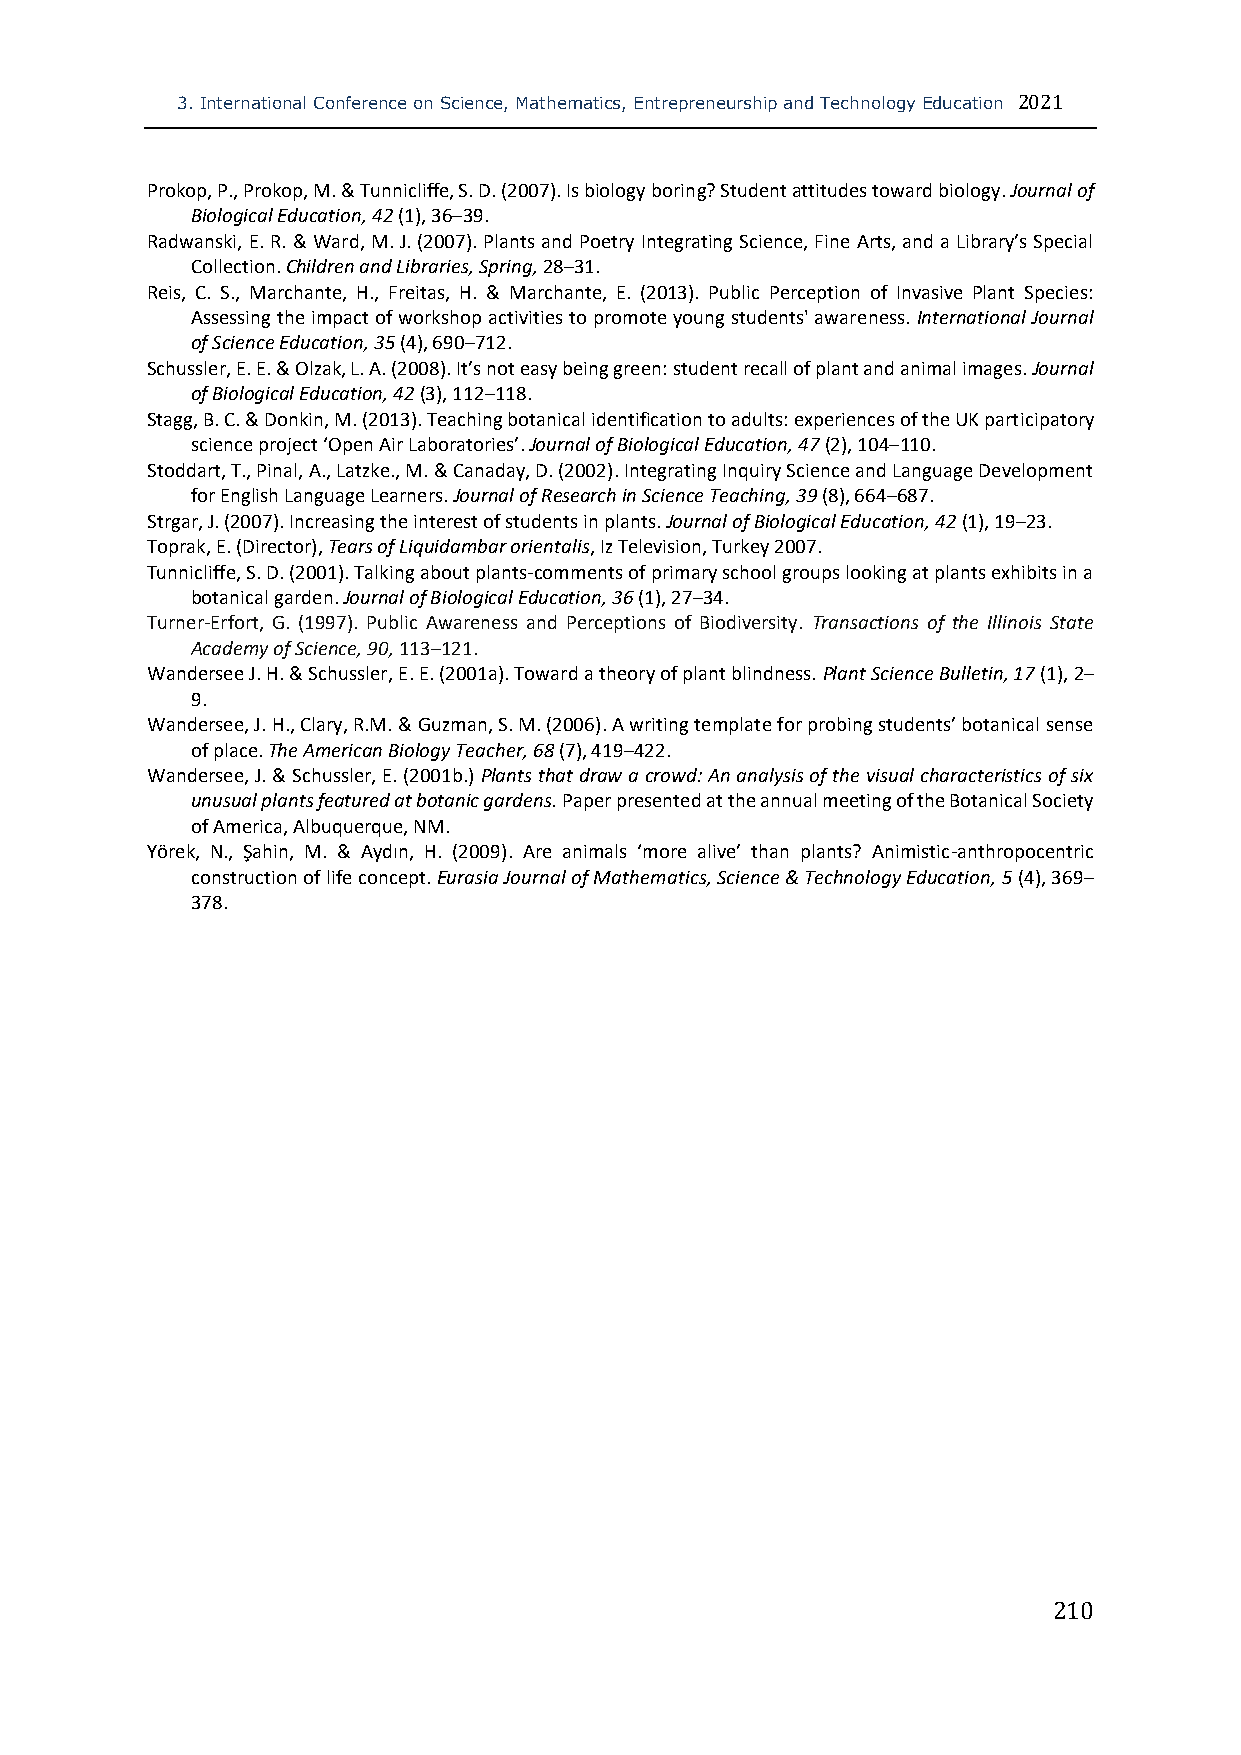
3. International Conference on Science, Mathematics, Entrepreneurship and Technology Education 2021
 Prokop, P., Prokop, M. & Tunnicliffe, S. D. (2007). Is biology boring? Student attitudes toward biology. Journal of
 Biological Education, 42 (1), 36–39.
 Radwanski, E. R. & Ward, M. J. (2007). Plants and Poetry Integrating Science, Fine Arts, and a Library’s Special
 Collection. Children and Libraries, Spring, 28–31.
 Reis, C. S., Marchante, H., Freitas, H. & Marchante, E. (2013). Public Perception of Invasive Plant Species:
 Assessing the impact of workshop activities to promote young students' awareness. International Journal
 of Science Education, 35 (4), 690–712.
 Schussler, E. E. & Olzak, L. A. (2008). It’s not easy being green: student recall of plant and animal images. Journal
 of Biological Education, 42 (3), 112–118.
 Stagg, B. C. & Donkin, M. (2013). Teaching botanical identification to adults: experiences of the UK participatory
 science project ‘Open Air Laboratories’. Journal of Biological Education, 47 (2), 104–110.
 Stoddart, T., Pinal, A., Latzke., M. & Canaday, D. (2002). Integrating Inquiry Science and Language Development
 for English Language Learners. Journal of Research in Science Teaching, 39 (8), 664–687.
 Strgar, J. (2007). Increasing the interest of students in plants. Journal of Biological Education, 42 (1), 19–23.
 Toprak, E. (Director), Tears of Liquidambar orientalis, Iz Television, Turkey 2007.
 Tunnicliffe, S. D. (2001). Talking about plants-comments of primary school groups looking at plants exhibits in a
 botanical garden. Journal of Biological Education, 36 (1), 27–34.
 Turner-Erfort, G. (1997). Public Awareness and Perceptions of Biodiversity. Transactions of the Illinois State
 Academy of Science, 90, 113–121.
 Wandersee J. H. & Schussler, E. E. (2001a). Toward a theory of plant blindness. Plant Science Bulletin, 17 (1), 2–
 9.
 Wandersee, J. H., Clary, R.M. & Guzman, S. M. (2006). A writing template for probing students’ botanical sense
 of place. The American Biology Teacher, 68 (7), 419–422.
 Wandersee, J. & Schussler, E. (2001b.) Plants that draw a crowd: An analysis of the visual characteristics of six
 unusual plants featured at botanic gardens. Paper presented at the annual meeting of the Botanical Society
 of America, Albuquerque, NM.
 Yörek, N., Şahin, M. & Aydın, H. (2009). Are animals ‘more alive’ than plants? Animistic-anthropocentric
 construction of life concept. Eurasia Journal of Mathematics, Science & Technology Education, 5 (4), 369–
 378.
 210